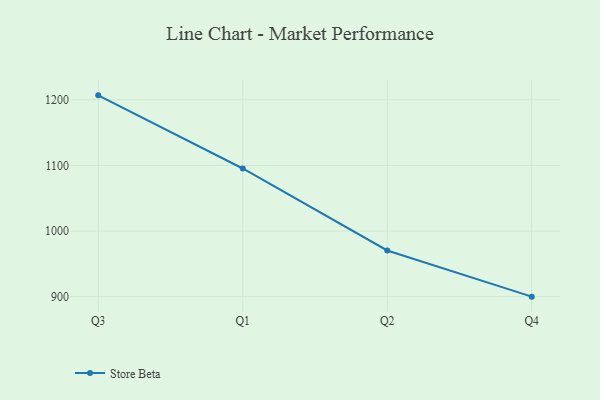
{"axis": {"x": "Quarter", "y": "Satisfaction Score"}, "legend": ["Store Beta"], "data": [{"x": "Q3", "y": 1206.7, "type": "Store Beta"}, {"x": "Q1", "y": 1095.3, "type": "Store Beta"}, {"x": "Q2", "y": 970.4, "type": "Store Beta"}, {"x": "Q4", "y": 900.1, "type": "Store Beta"}]}